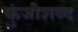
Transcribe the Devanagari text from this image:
कुंजीशब्द